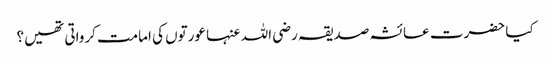
کیا حضرت عائشہ صدیقہ رضی اللہ عنہا عورتوں کی امامت کرواتی تھیں؟